Problem: 4 × 12 = ?
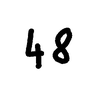
Handwritten answer: 48